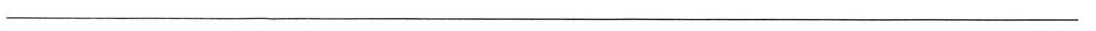
_________________________________________